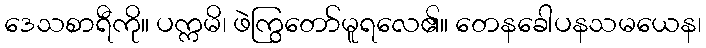
ဒေသစာရီကို။ ပက္ကမိ၊ ဖဲကြွတော်မူရလေ၏။ တေနခေါပနသမယေန၊